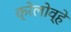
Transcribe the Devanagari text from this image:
क्रेलोव्हे